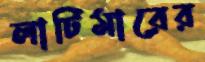
লাটিমারের